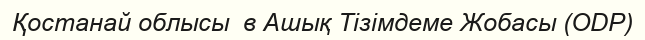
Қостанай облысы  в Ашық Тізімдеме Жобасы (ODP)